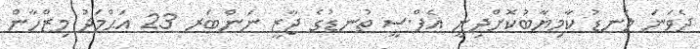
ދެވަނަ ލަނޑު ކާމިޔާބުކޮށްދިނީ އެފް.ސީ ތުނޑުގެ ޖާޒީ ނަންބަރ 23 އަޙްމަދު މިޒްހާން